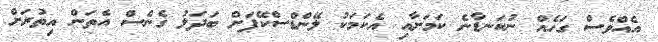
އެއްވެސް ގަހެއް ނުކަނޑާނެ ކަމަށާއި އެކަމަކު ލޭންޑްސްކޭޕަށް ބަދަލު ގެނެސް އެތަން އިތުރަށް